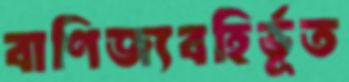
বাণিজ্যবহির্ভূত